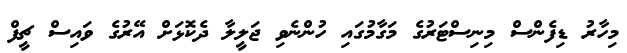
މިހާރު ޑިފެންސް މިނިސްޓަރުގެ މަގާމުގައި ހުންނެވި ޖަލީލާ ދެކޮޅަށް އޭރުގެ ވައިސް ޗީފް